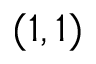
( 1 , 1 )